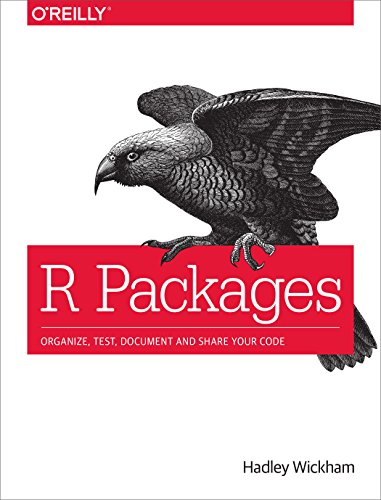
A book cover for R Packages; Hadley Wickham; Computers & Technology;